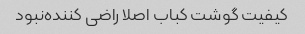
کیفیت گوشت کباب اصلا راضی کننده‌نبود